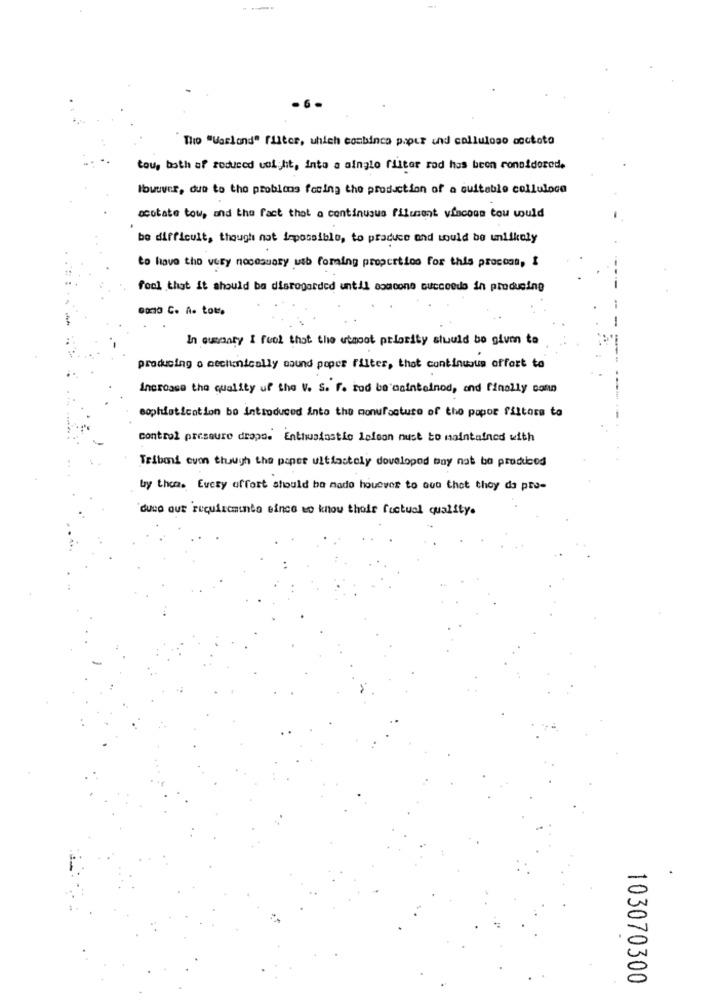
The "Wasland" filter, which combines paper und colluloso moctoto
tou, both of reduced uol ht, into a ainglo filter rad has been considered,
However, due to the problems facing the production of a suitable colluloco
acotate tow, and the fact that a continusua filusent vincous tou would
be difficult, though not impossible, to produce and would be unlikely
to have the very nocesuary usb forming properties for this procons, I
fool that it should ba disregarded until someone succeedo in producing
In cusgary I feel that the utaoot priority stuuld bo given to
producing o mechanically sound poper filter, that continuous offort to
Increase the quality uf the V. S. F. rod be maintained, and finally conn
sophistication be introduced into the monufacture of the popor fittore to
control pressure dropo. Enthusiastic Leleon nust to maintained with
Triband even though the paper ultimately developed may not be produced
by them. Every effort should be made houover to out that they do pro-
duco out requirements eince to know their factual quality.
103070300